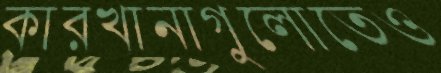
কারখানাগুলোতেও